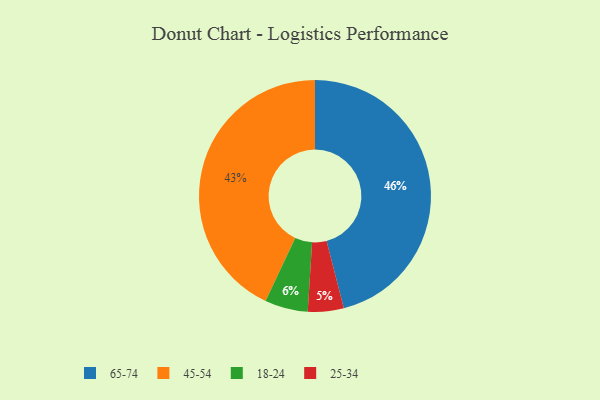
{"axis": {"x": "Category", "y": "Percentage"}, "legend": ["18-24", "25-34", "45-54", "65-74"], "data": [{"x": "18-24", "y": 6, "type": "18-24"}, {"x": "65-74", "y": 46, "type": "65-74"}, {"x": "45-54", "y": 43, "type": "45-54"}, {"x": "25-34", "y": 5, "type": "25-34"}]}